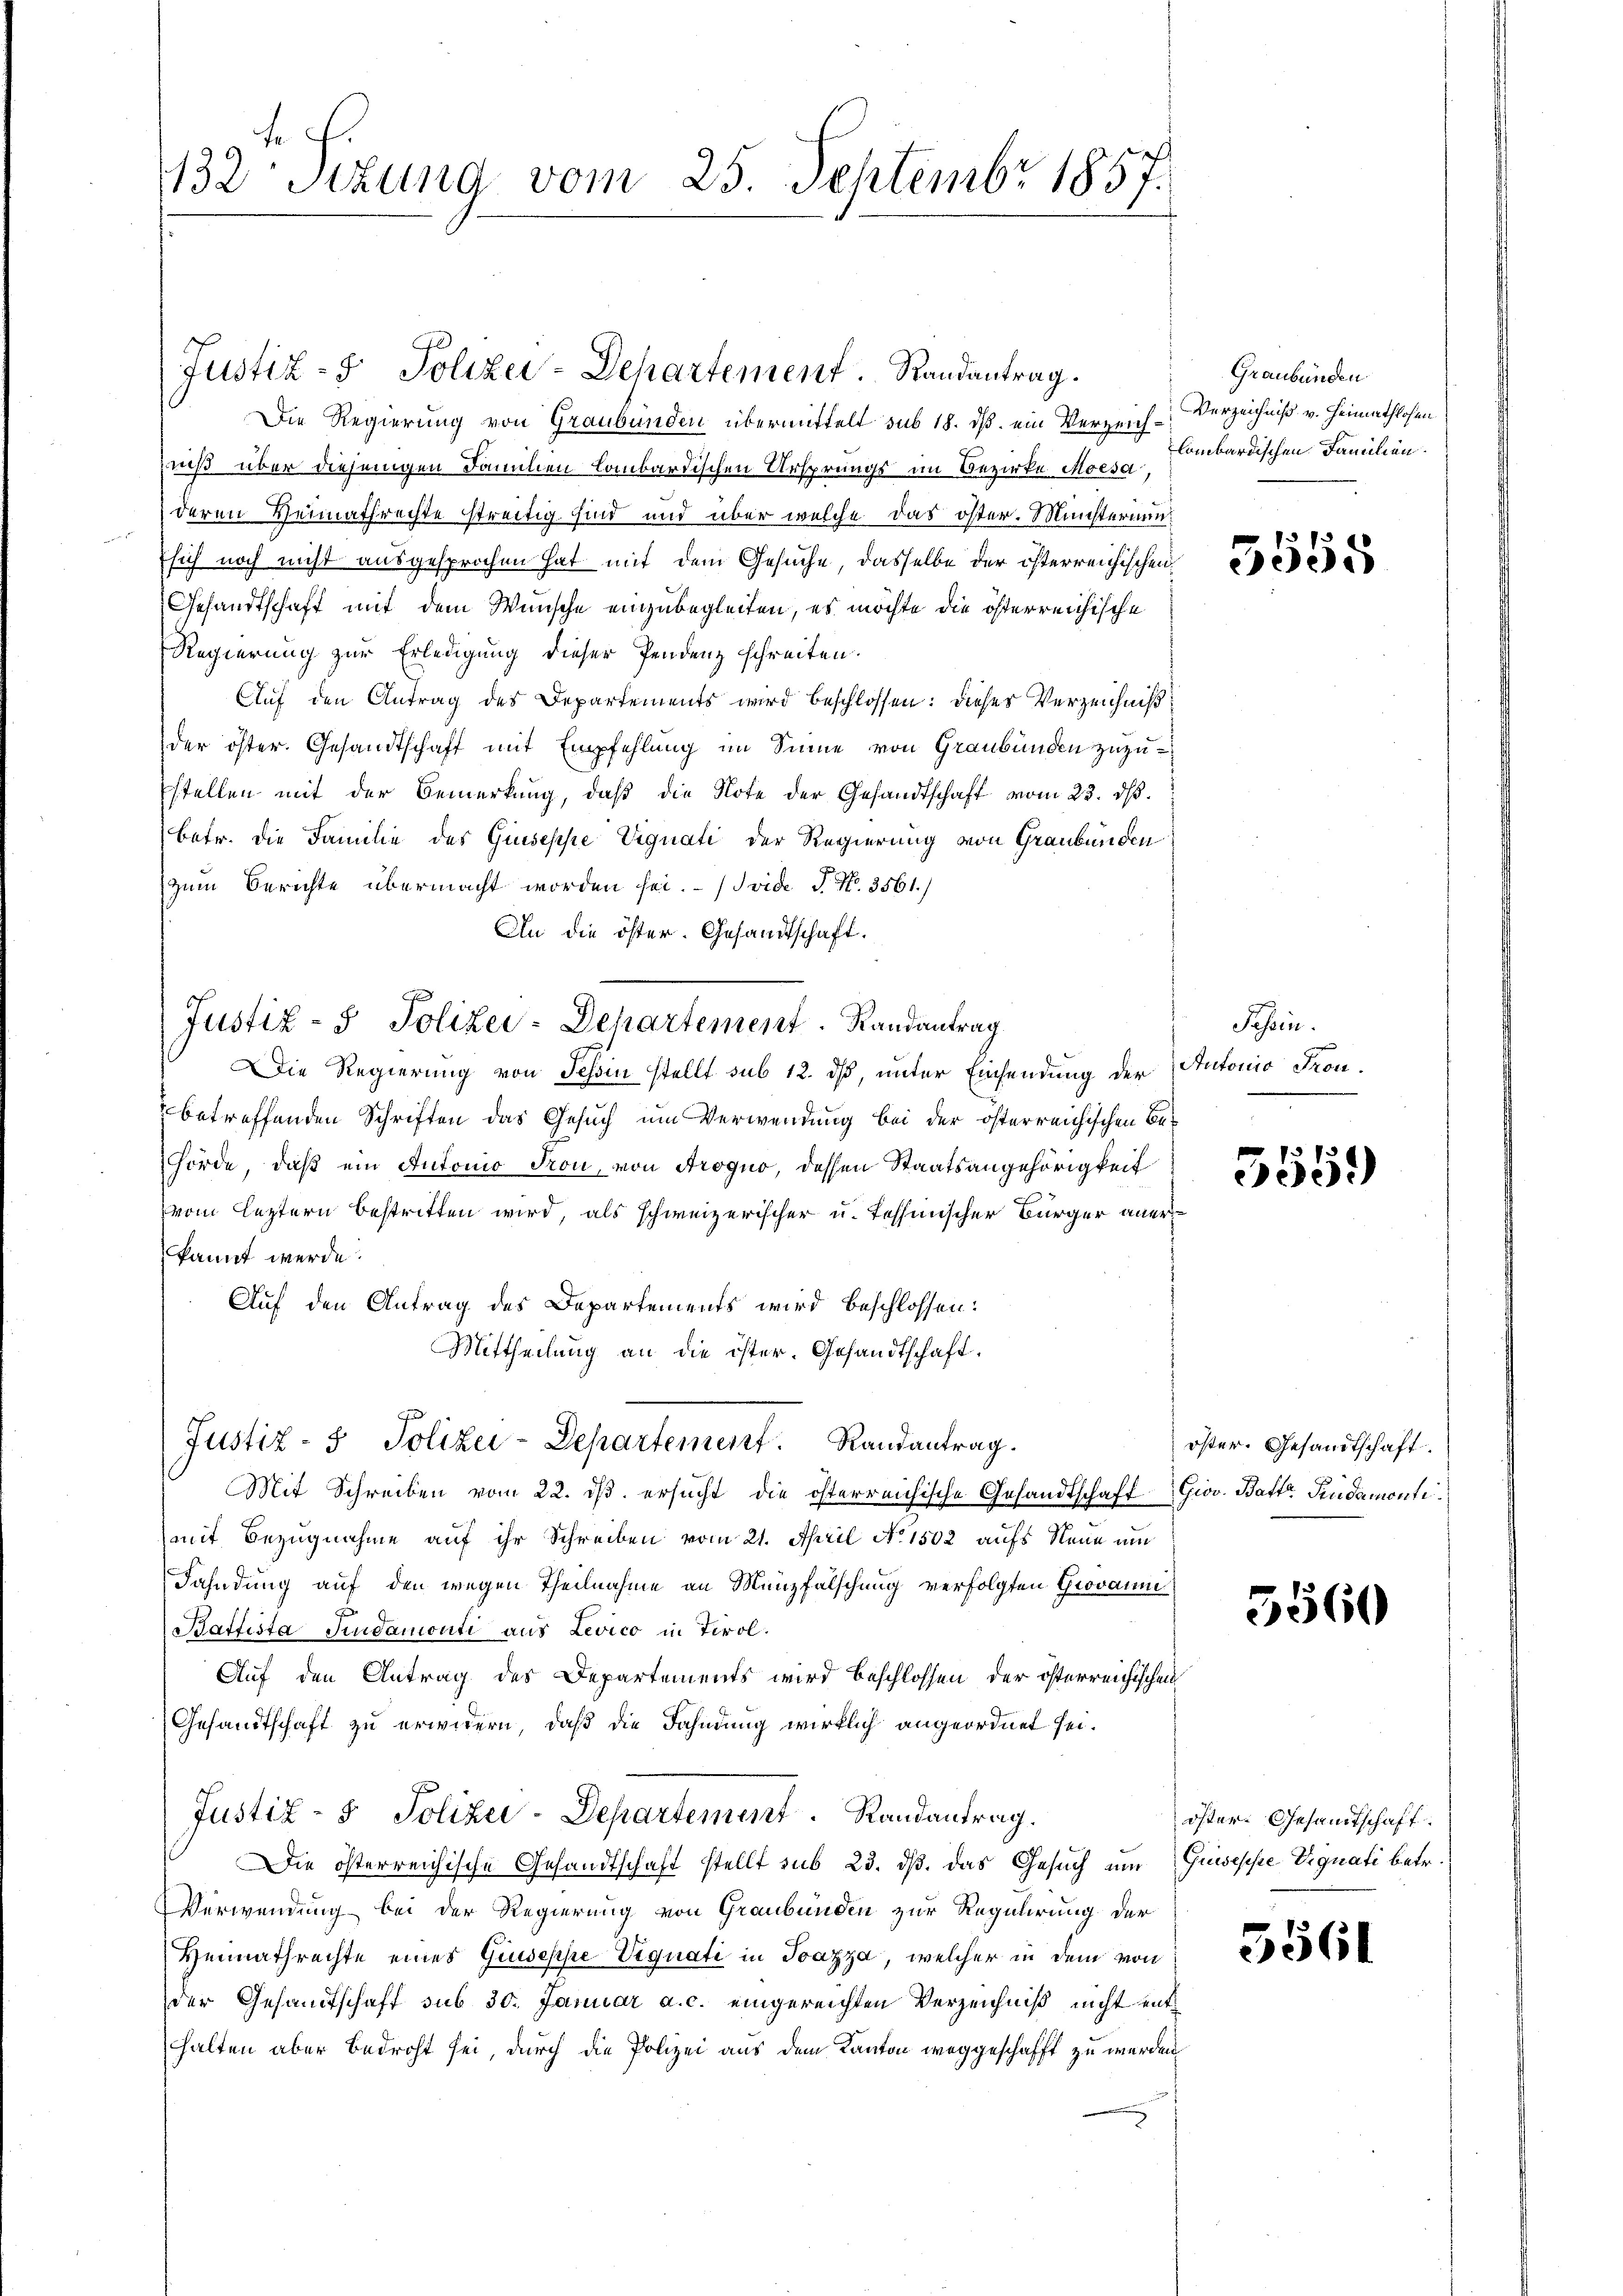
132: Sizung vom 25. Septembr 1857.

Justiz- & Polizei-Departement. Randantrag.
Die Regierung von Graubünden übermittelt sub 18. ds. ein Verzeich- Verzeichniß v. Heimathlosen
niß über diejenigen Familien lombardischen Ursprungs im Bezirke Moesa
deren Heimathrechte streitig sind und über welche das öster. Münsternunsich noch nicht ausgesprochen hat mit dem Gesuche, dasselbe der österreichischen
Gesandtschaft mit dem Wünsche einzubegleiten, es möchte die österreichische
Regierung zur Erledigung dieser Pendenz schreiten.
Auf den Antrag des Departements wird beschlossen: dieser Verzeichniß
der öster. Gesandtschaft mit Empfehlung im Sinne von Graubünden zuzustellen mit der Bemerkung, daβ die Note der Gesandtschaft vom 23. dβ.
betr. die Familie des Giuseppe Vignati der Regierung von Graubünden
zum Berichte übermacht worden sei. (vide P. N. 3561.)
An die öster. Gesandtschaft.
Justiz- & Polizei-Dehartement. Randantrag
Die Regierung von Tessin stellt sub 12. ds, unter Einsendung der
betreffenden Schriften das Gesuch um Verwendung bei der österreichischen Behörde, daß ein Antonio Fron, von Arogno, dessen Staatsangehörigkeit
vom leztern bestritten wird, als schweizerischer u. Tessinischer Bürger anerkannt werde.
Auf den Antrag des Departements wird beschlossen:
Mittheilung an die öster. Gesandtschaft,
Justiz- & Polizei-Departement. Randantrag.
Mit Schreiben vom 22. dβ ersucht die österreichische Gesandtschaft Gior. Batte Trudamonti¬
(mit Bezugnahme auf ihr Schreiben vom 21. April No 1502 aufs Neue um
Fahndung auf den wegen Theilnahme an Münzfälschung verfolgten Grovanni
Batfista Feudamonti aus Levico in Tirol.
Auf den Antrag des Departements wird beschlossen, der österreichischen
Gesandtschaft zu erwidern, daß die Fahndung wirklich angeordnet sei.
Justiz- & Polizei-Departement Randantrag.
Die österreichische Gesandtschaft stellt sub 23. ds. das Gesuch um Guseppe Vignati betr.
Verwendung bei der Regierung von Graubünden zur Regulirung der
Heimathrechte eines Giuseppe Vignati in Pazza, welcher in dem von
der Gesandtschaft sub 30. Januar a. c. eingereichten Verzeichniß nicht enthalten aber bedroht sei, durch die Polizei aus dem Kanton weggeschafft zu werden

Graubünden
lombardischen Familien.

373
e

Tessin.
Antonio Fron.
e
.

5551)

öster. Gesandtschaft.

5560

öster. Gesandtschaft

3561